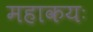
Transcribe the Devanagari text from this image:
महाकयः